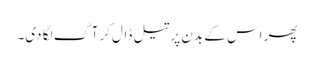
پھر اس کے بدن پر تیل ڈال‌کر آگ لگا دی۔